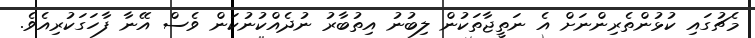
މެޗުގައި ކުޅުންތެރިންނަށް އެ ނަތީޖާތަކުން ލިބުނު އިތުބާރު ނުދެއްކުނުކަން ވެސް އޭނާ ފާހަގަކުރިއެވެ.